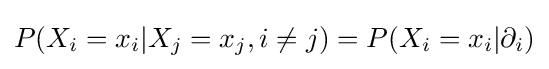
P(X_{i}=x_{i}|X_{j}=x_{j},i\neq j)=P(X_{i}=x_{i}|\partial _{i})